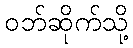
ဝဘ်ဆိုက်သို့